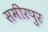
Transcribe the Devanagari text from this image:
समीरपुर